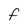
Character: F